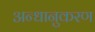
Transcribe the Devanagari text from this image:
अन्धानुकरण